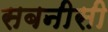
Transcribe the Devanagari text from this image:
सबनीसी